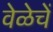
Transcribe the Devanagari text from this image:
वेळेचें